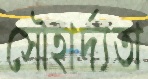
সৌহার্দ্যতা